Indian journal of veterinary science and animal husbandry - Volumes 26-27, 1956-1957
Year: 1956
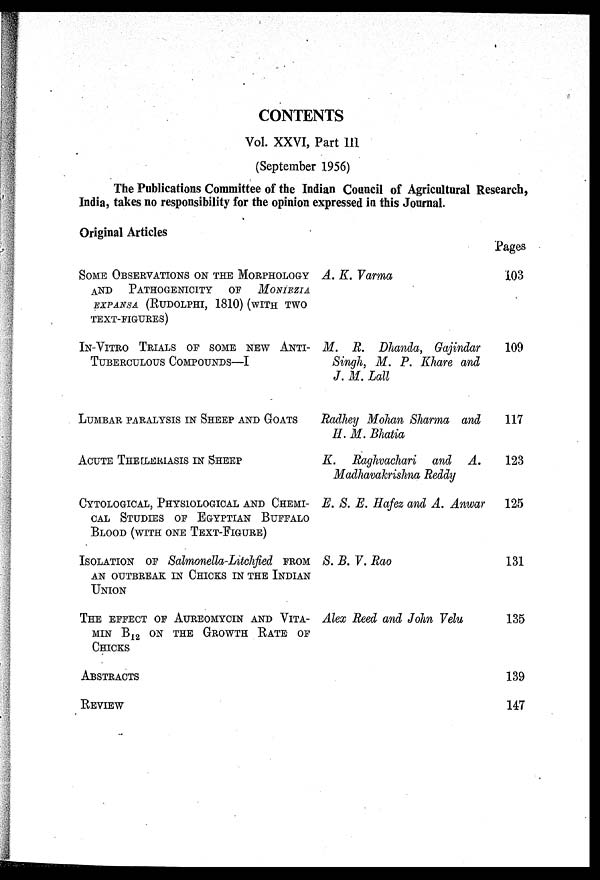
CONTENTS
Vol. XXVI, Part III
(September 1956)
The Publications Committee of the Indian Council of Agricultural Research,
India, takes no responsibility for the opinion expressed in this Journal.
Original Articles
SOME OBSERVATIONS ON THE MORPHOLOGY
AND
PATHOGENICITY
OF
MONIEZIA
EXPANSA (RUDOLPHI, 1810) (WITH TWO
TEXT-FIGURES)
IN-VITRO TRIALS OF SOME NEW ANTI-
TUBERCULOUS COMPOUNDS—I
LUMBAR PARALYSIS IN SHEEP AND GOATS
ACUTE THEILEKIASIS IN SHEEP
CYTOLOGICAL, PHYSIOLOGICAL AND CHEMI-
CAL STUDIES OF EGYPTIAN BUFFALO
BLOOD (WITH ONE TEXT-FIGURE)
ISOLATION OF SALMONELLA-LITCHFIED FROM
AN OUTBREAK IN CHICKS IN THE INDIAN
UNION
THE EFFECT OF AUREOMYCIN AND VITA-
MIN B 12 ON THE GROWTH RATE OF
CHICKS
ABSTRACTS
REVIEW
A. K. Varma
M. R. Dhanda, Gajindar
Singh, M. P. Khare and
J. M. Lall
Radhey Mohan Sharma and
H. M. Bhatia
K. Raghvachari and A.
Madhavakrishna Reddy
E. S. E. Hafez and A. Anwar
S. B. V. Rao
Alex Reed and John Velu
Pages
103
109
117
123
125
131
135
139
147